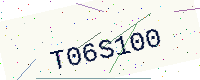
Text: T06S100